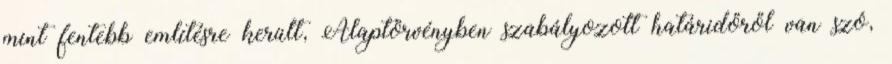
mint fentebb említésre került, Alaptörvényben szabályozott határidőről van szó,